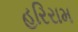
હરિરામ